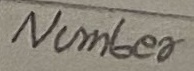
Text: Number